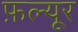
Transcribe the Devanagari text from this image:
फ़ल्यूर